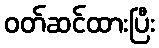
ဝတ်ဆင်ထားပြီး